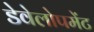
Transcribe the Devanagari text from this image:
डेवेलोपमेंट